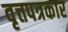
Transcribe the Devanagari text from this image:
वृत्तपत्रकार